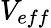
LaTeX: V_{eff}